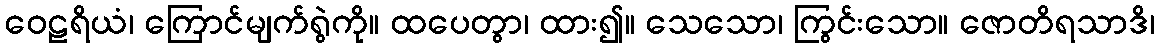
ဝေဠရိယံ၊ ကြောင်မျက်ရွဲကို။ ထပေတွာ၊ ထား၍။ သေသော၊ ကြွင်းသော။ ဇောတိရသာဒိ၊